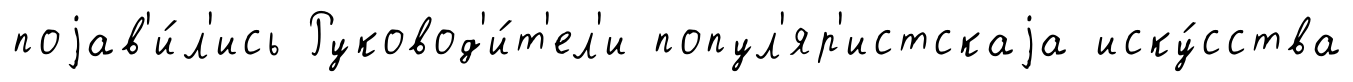
поjав'и́л'ись Руковод'и́т'ел'и попул'яр'истскаjа иску́сства